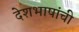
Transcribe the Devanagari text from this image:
देशभाषांची